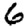
Digit: 6